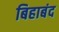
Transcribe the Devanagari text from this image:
बिहाबंद